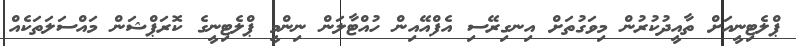
ޕްލެޓިނީއަށް ތާއީދުކުރުން މިވަގުތަށް އިނގިރޭސި އެފްއޭއިން ހުއްޓާލަން ނިންމީ ޕްލެޓިނީގެ ކޮރަޕްޝަން މައްސަލަތަކެއް